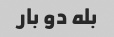
بله دو بار